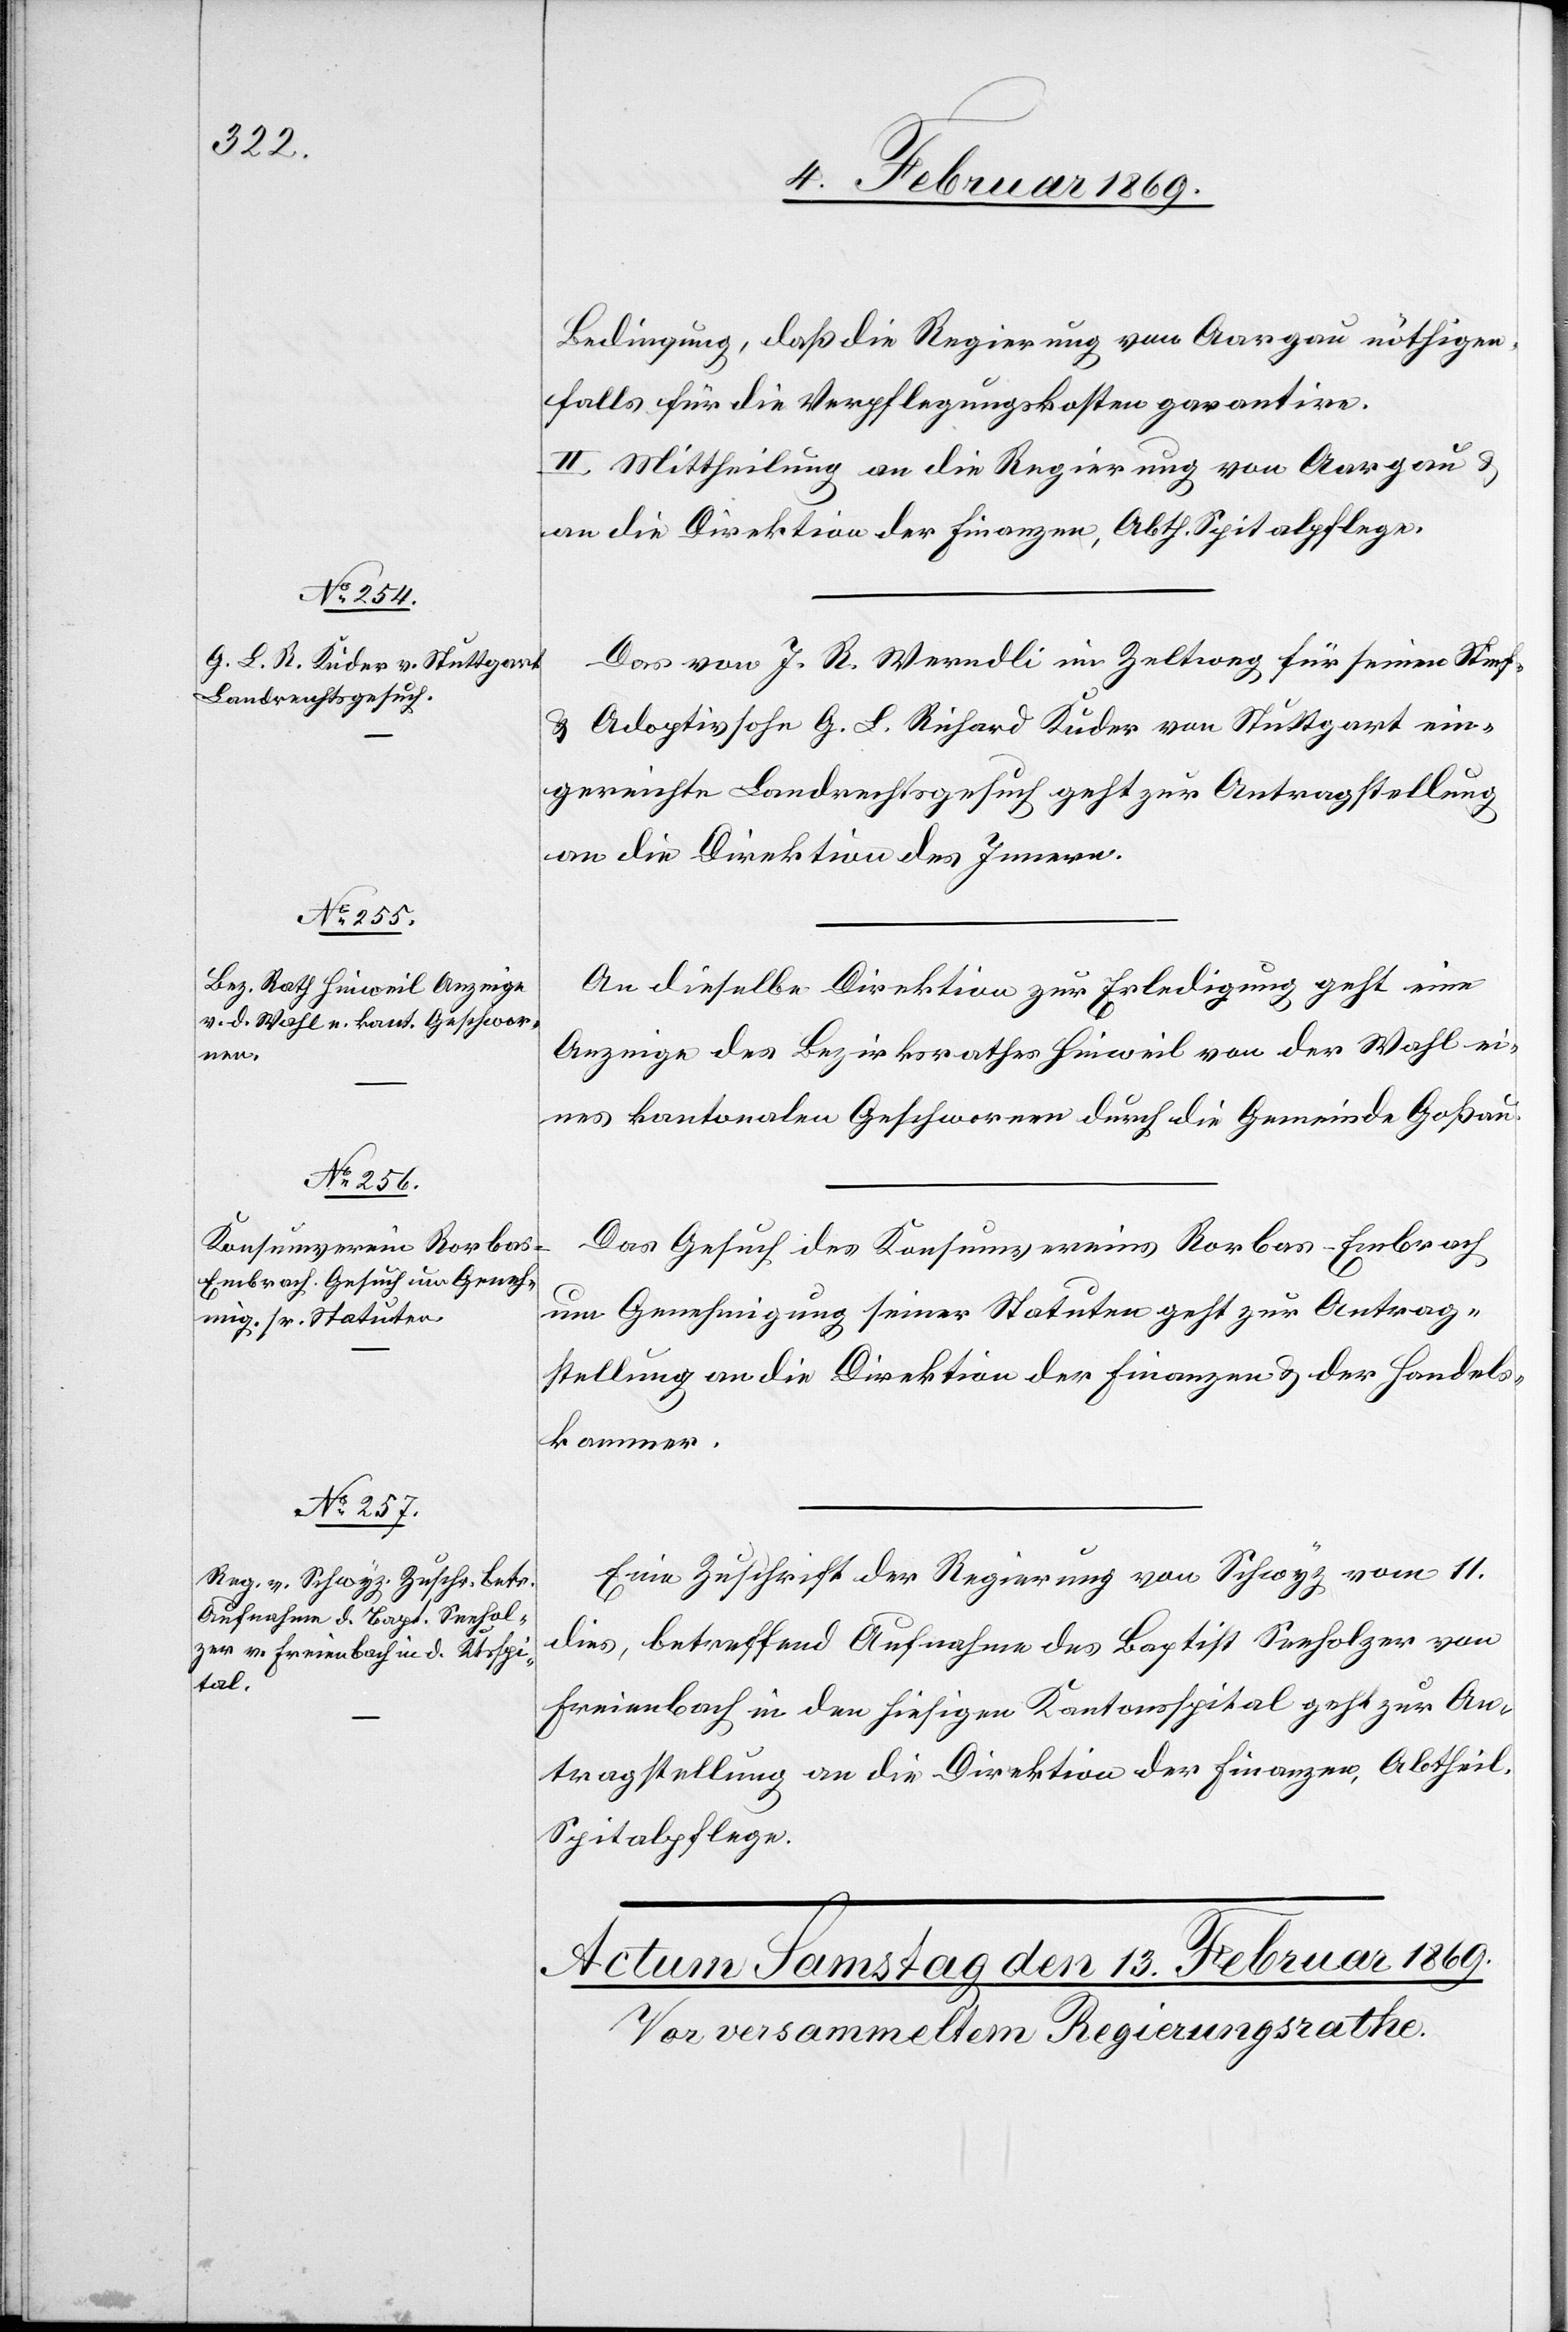
11. Februar 1869.]
Bedingung, daß die Regierung von Aargau nöthigen¬
falls für die Verpflegungskosten garantire.
II. Mittheilung an die Regierung von Aargau u.
an die Direktion der Finanzen, Abth. Spitalpflege.
Das von J. R. Werndli im Zeltweg für seinen Stief-
u. Adoptivsohn G. L. Richard Kuder von Stuttgart ein¬
gereichte Landrechtsgesuch geht zur Antragstellung
an die Direktion des Innern.
An dieselbe Direktion zur Erledigung geht eine
Anzeige des Bezirksrathes Hinweil von der Wahl ei¬
nes kantonalen Geschworenen durch die Gemeinde Goßau.
Das Gesuch des Konsumverein Rorbas-Embrach
um Genehmigung seiner Statuten geht zur Antrag¬
stellung an die Direktion des Finanzen u. der Handels¬
kammer.
Eine Zuschrift der Regierung von Schwyz vom 11.
dies, betreffend Aufnahme des Baptist Seeholzer von
Freienbach in den hiesigen Kantonsspital geht zur An¬
tragstellung an die Direktion der Finanzen, Abth.
Spitalpflege.